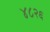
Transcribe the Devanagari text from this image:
४८२६